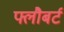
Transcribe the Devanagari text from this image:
फ्लौबर्ट